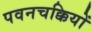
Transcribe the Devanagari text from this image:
पवनचक्कियों